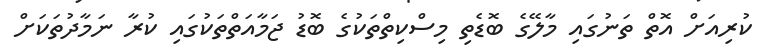
ކުރިއަށް އޮތް ތަނުގައި މާލޭގެ ބޮޑެތި މިސްކިތްތަކުގެ ބޮޑު ޖަމާއަތްތަކުގައި ކުރާ ނަމާދުތަކަށް